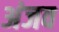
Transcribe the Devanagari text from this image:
अंजव